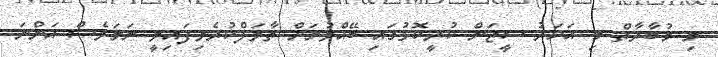
މި މުބާރާތް މި އަހަރު ސީޒަން ކުރީކޮޅުގައި ބޭއްވުމަށް ތާވަލްކުރެވިފައިވީ ނަމަވެސް އަންނަ